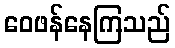
ဝေဖန်နေကြသည်